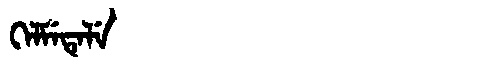
Manchu: ᡴᡝᠯᠮᡝᡨᡝᠯᡝ
Romanization: KELMETELE